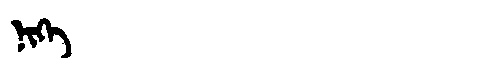
Manchu: ᠨᡳᡴᡝ
Romanization: NIKE